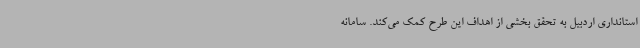
استانداری اردبیل به تحقق بخشی از اهداف این طرح کمک می‌کند. سامانه